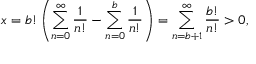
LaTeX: x = b ! \left( \sum _ { n = 0 } ^ { \infty } { \frac { 1 } { n ! } } - \sum _ { n = 0 } ^ { b } { \frac { 1 } { n ! } } \right) = \sum _ { n = b + 1 } ^ { \infty } { \frac { b ! } { n ! } } > 0 ,